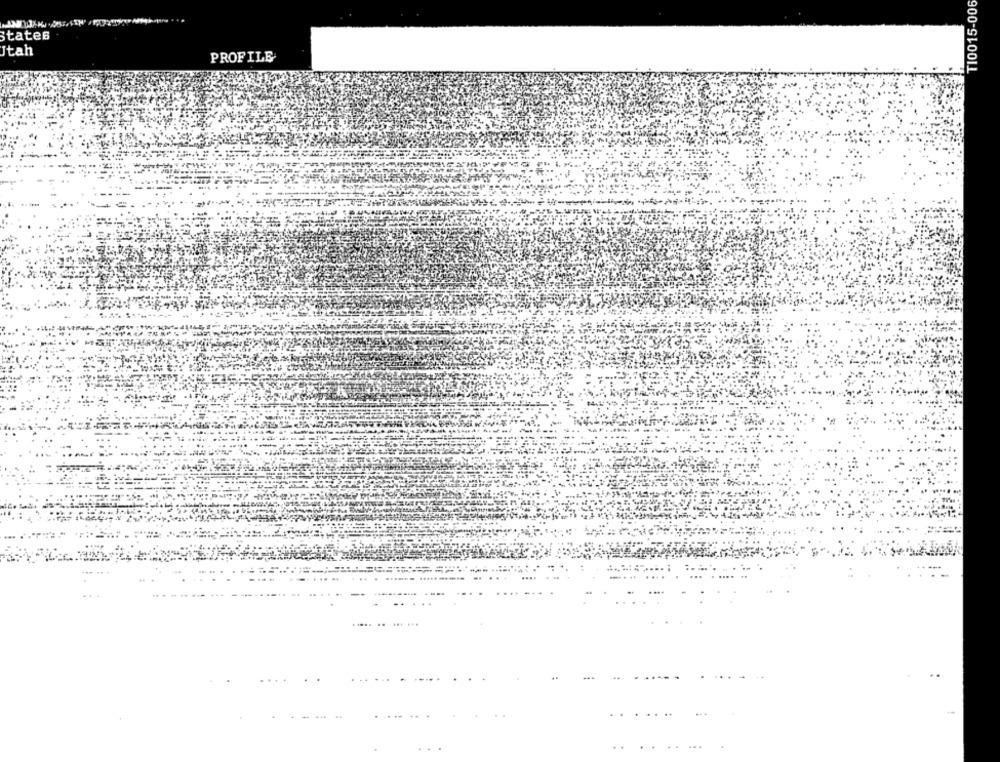
T10015-006
States
Jtah
PROFILE
...... ....
.....